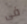
فى